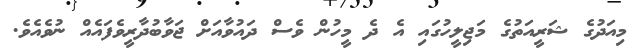
މިއަދުގެ ޝަރީއަތުގެ މަޖިލީހުގައި އެ ދެ މީހުން ވެސް ދައުވާއަށް ޖަވާބުދާރީވެފައެއް ނުވެއެވެ.